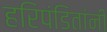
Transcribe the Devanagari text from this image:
हरिपंडितांनी